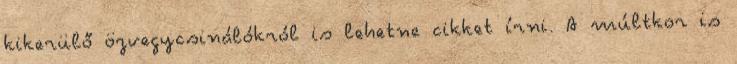
kikerülő özvegycsinálókról is lehetne cikket írni. A múltkor is